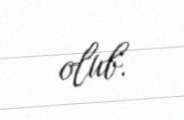
olub.